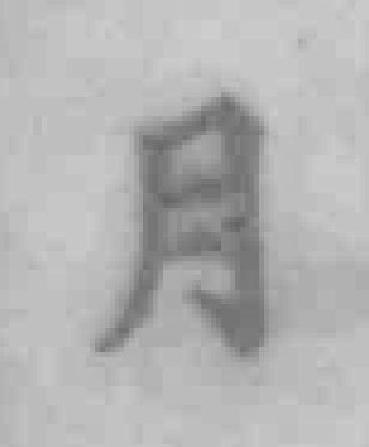
月